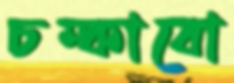
চম্‌কাবো